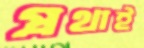
প্রথাই